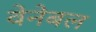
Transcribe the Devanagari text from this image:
वेनेबल